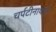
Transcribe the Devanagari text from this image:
चर्पटीनाथांचे